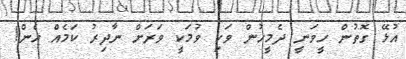
އުޅޭ ގޮތުން ހީވަނީ ދެމީހުން ވަކި ވުމަކީ ވަރަށް ނާދިރު ކަމެއް ހެން!